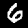
Digit: 6